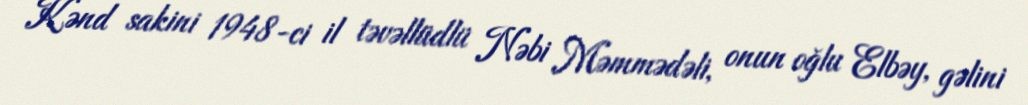
Kənd sakini 1948-ci il təvəllüdlü Nəbi Məmmədəli, onun oğlu Elbəy, gəlini